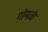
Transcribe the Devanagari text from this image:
गोमळे